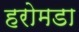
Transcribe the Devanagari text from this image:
हरोमडा